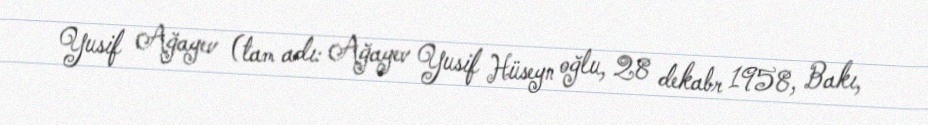
Yusif Ağayev (tam adı: Ağayev Yusif Hüseyn oğlu, 28 dekabr 1958, Bakı,